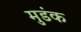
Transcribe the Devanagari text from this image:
मुडंक